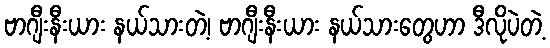
ဗာဂျီးနီးယား နယ်သားတဲ့၊ ဗာဂျီးနီးယား နယ်သားတွေဟာ ဒီလိုပဲတဲ့